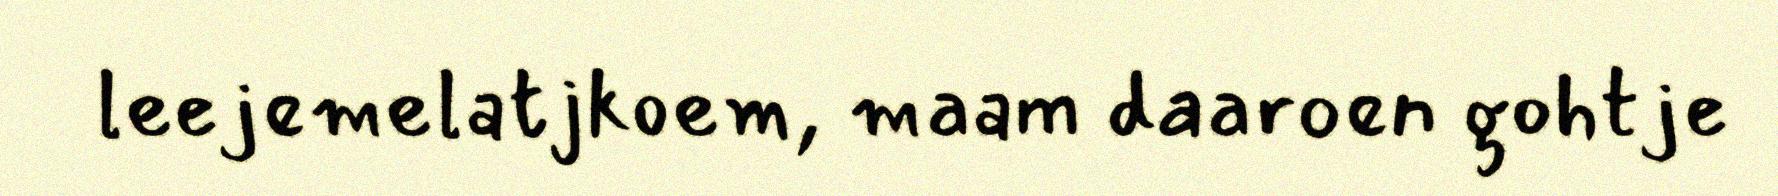
leejemelatjkoem, maam daaroen gohtje